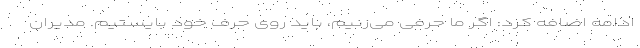
ادامه اضافه کرد: اگر ما حرفی می‌زنیم، باید روی حرف خود بایستیم. مدیران